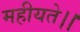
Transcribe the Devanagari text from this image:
महीयते।।